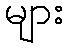
များ